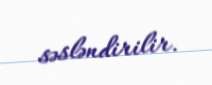
səsləndirilir.